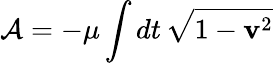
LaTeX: {\cal A}=-\mu\int dt\, \sqrt{1-{\mathbf v}^{2}}